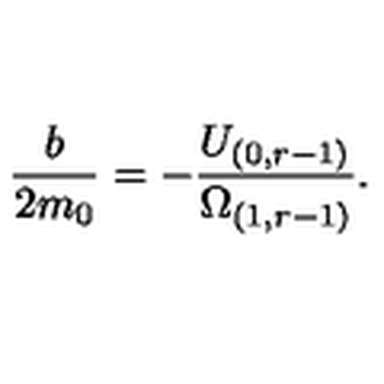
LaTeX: \frac { b } { 2 m _ { 0 } } = - \frac { U _ { ( 0 , r - 1 ) } } { \Omega _ { ( 1 , r - 1 ) } } .